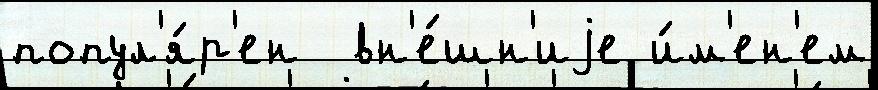
попул'я́р'ен  вн'е́шн'иjе и́м'ен'ем